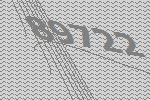
89722